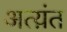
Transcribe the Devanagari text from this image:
अत्य़ंत